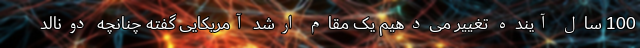
100 سال آینده تغییر می‌دهیم یک مقام ارشد آمریکایی گفته چنانچه دونالد